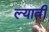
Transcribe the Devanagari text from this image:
ल्यावी